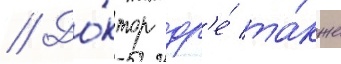
// До́ктор др'е́ та́кже